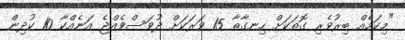
"މިކަމެއް ބިރުވެރި ގޮތަކަށް ހިނގާތާ 15 ވަރަކަށް ދުވަސްވެއްޖެ އަނެއްކާ 10 ކުދިން